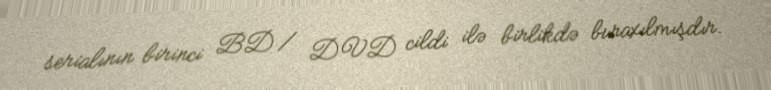
serialının birinci BD / DVD cildi ilə birlikdə buraxılmışdır.